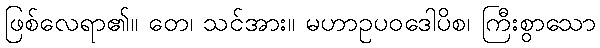
ဖြစ်လေရာ၏။ တေ၊ သင်အား။ မဟာဥပဝဒေါပိစ၊ ကြီးစွာသော